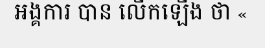
អង្គការ បាន លើកឡើង ថា «